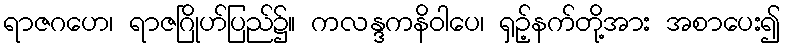
ရာဇဂဟေ၊ ရာဇဂြိုဟ်ပြည်၌။ ကလန္ဒကနိဝါပေ၊ ရှဉ့်နက်တို့အား အစာပေး၍